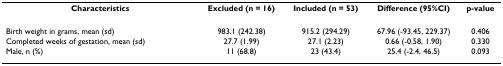
| Characteristics | Excluded (n = 16) | Included (n = 53) | Difference (95%CI) | p-value |
 | --- | --- | --- | --- | --- |
 | Birth weight in grams, mean (sd) | 983.1 (242.38) | 915.2 (294.29) | 67.96 (-93.45, 229.37) | 0.406 |
 | Completed weeks of gestation, mean (sd) | 27.7 (1.99) | 27.1 (2.23) | 0.66 (-0.58, 1.90) | 0.330 |
 | Male, n (%) | 11 (68.8) | 23 (43.4) | 25.4 (-2.4, 46.5) | 0.093 |